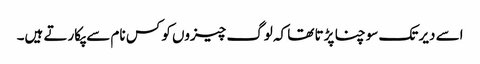
اسے دیر تک سوچنا پڑتا تھا کہ لوگ چیزوں کو کس نام سے پکارتے ہیں۔